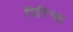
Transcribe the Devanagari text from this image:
विरिन्या